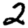
Digit: 2